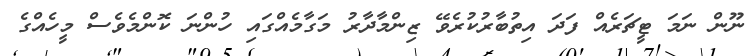
ނޫން ނަމަ ޓީޗަރެއް ފަދަ އިތުބާރުކުރެވޭ ޒިންމާދާރު މަގާމެއްގައި ހުންނަ ކޮންމެވެސް މީހެއްގެ